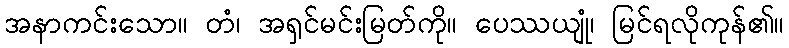
အနာကင်းသော။ တံ၊ အရှင်မင်းမြတ်ကို။ ပေဿယျုံ၊ မြင်ရလိုကုန်၏။